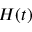
H ( t )